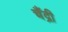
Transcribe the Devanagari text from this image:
चैंद्री